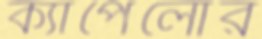
ক্যাপেলোর